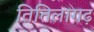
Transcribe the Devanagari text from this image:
तितिलागढ़